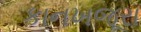
કાનખજૂરા